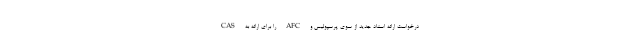
درخواست ارائه اسناد جدید از سوی پرسپولیس و AFC را برای ارائه به CAS